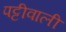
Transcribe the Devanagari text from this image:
पट्टीवाली